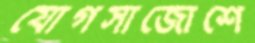
যোগসাজোশে